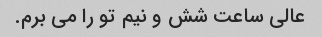
عالی ساعت شش و نیم تو را می برم.